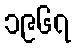
၁၉၆၇